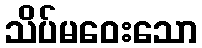
သိပ်မဝေးသော